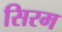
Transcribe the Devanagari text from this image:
सिरम